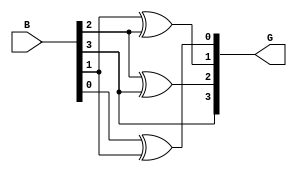
module gray_code_encoder #(parameter n = 4) (
    input  wire [n-1:0] B,  // n-bit binary input
    output wire [n-1:0] G   // n-bit Gray code output
);

// Gray code output generation
assign G[n-1] = B[n-1];                       // MSB of Gray code is MSB of binary input
genvar i;
generate
    for (i = n-2; i >= 0; i = i - 1) begin : gray_code_logic
        assign G[i] = B[i] ^ B[i+1];           // G[i] = B[i] XOR B[i+1]
    end
endgenerate

endmodule